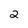
Character: 2